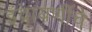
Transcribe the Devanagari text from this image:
इंद्रायणींचे